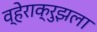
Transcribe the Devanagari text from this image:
व्हेराक्रुझला